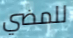
للمضي